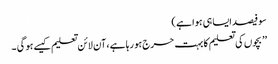
سو فیصد ایسا ہی ہوا ہے )
’’ بچوں کی تعلیم کا بہت حرج ہو رہا ہے ، آن لائن تعلیم کیسے ہو گی ۔